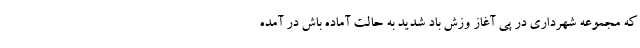
که مجموعه شهرداری در پی آغاز وزش باد شدید به حالت آماده باش در آمده